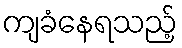
ကျခံနေရသည့်